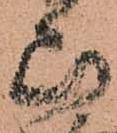
山